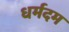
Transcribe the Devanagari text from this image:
धर्मदम